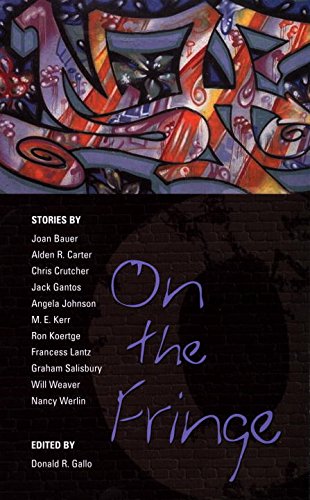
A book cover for On the Fringe: Stories; Various; Teen & Young Adult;